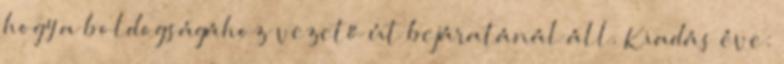
hogy a boldogságához vezető út bejáratánál áll. Kiadás éve: